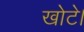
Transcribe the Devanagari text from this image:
खोटे।